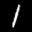
Label: 1